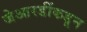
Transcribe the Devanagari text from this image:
जेआरडींकडून